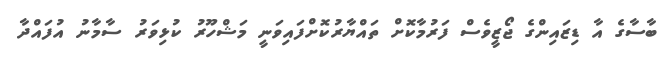
ބާސާގެ އާ ޑިޒައިންގެ ޖޯޒީވެސް ފަރުމާކޮށް ތައްޔާރުކޮށްފައިވަނީ މަޝްހޫރު ކުޅިވަރު ސާމާނު އުފައްދާ